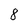
Character: 8